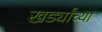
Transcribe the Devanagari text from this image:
खर्ड्यांच्या